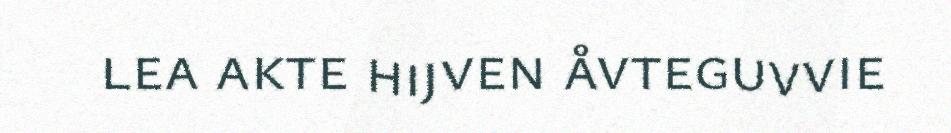
lea akte hijven åvteguvvie